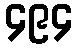
၄၉၄